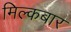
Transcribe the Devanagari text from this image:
मिल्कबार